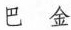
巴金